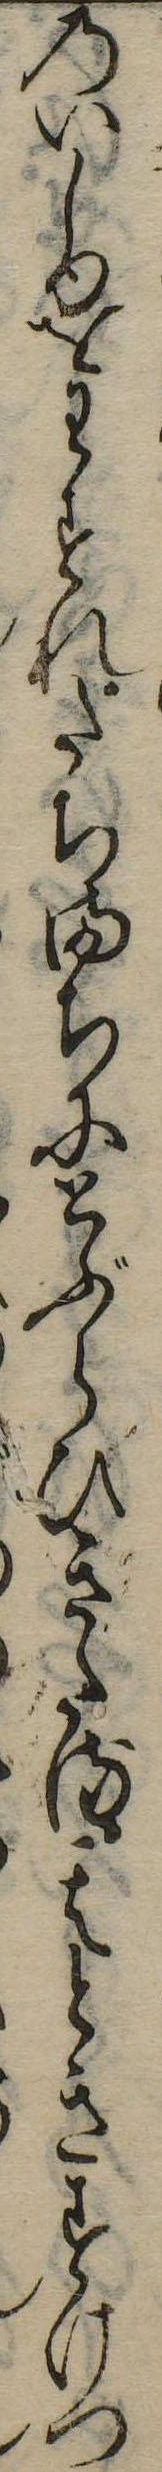
のいしゆをわすれたちまちにとぶらひきたる其ときすけつ